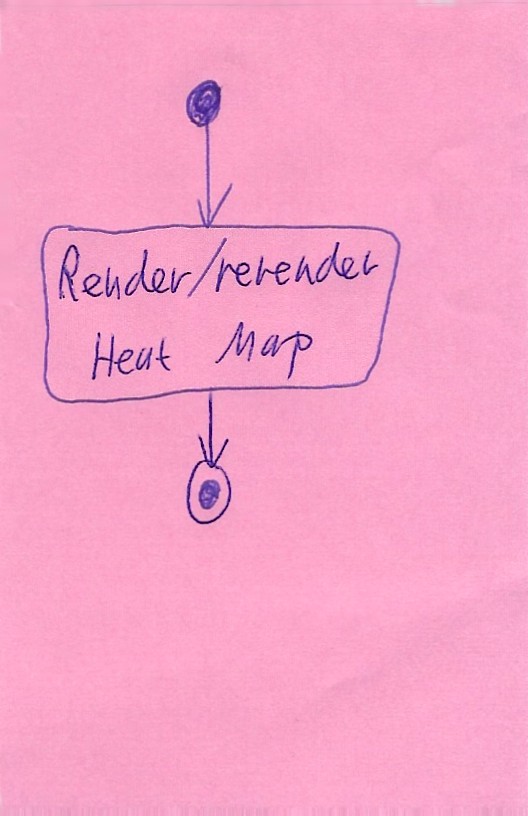
Diagram type: activity_diagram
```plantuml
@startuml

start

:Render/rerender Heat Map;

stop

@enduml
```